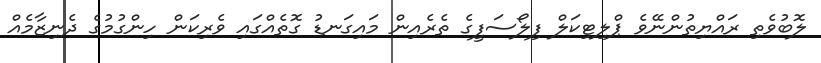
ލޮބުވެތި ރައްޔިތުންނޭވެ ޕްލިޓިކަލް ފިލޯސަފީގެ ތެރެއިން މައިގަނޑު ގޮތެއްގައި ވެރިކަން ހިންގުމުގެ ދެނިޒާމެއް